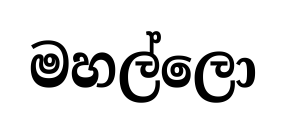
මහල්ලො